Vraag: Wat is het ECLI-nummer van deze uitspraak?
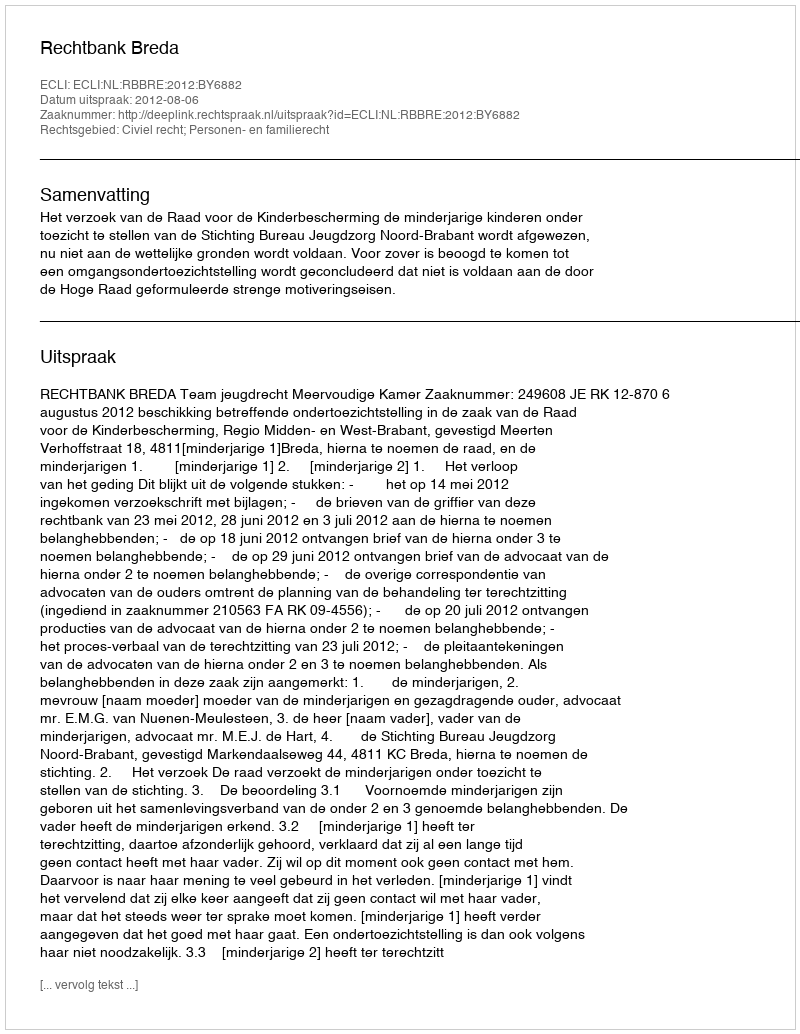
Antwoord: ECLI:NL:RBBRE:2012:BY6882